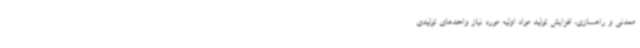
معدنی و راهسازی، افزایش تولید مواد اولیه مورد نیاز واحدهای تولیدی